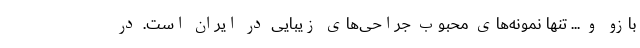
بازو و ... تنها نمونه‌های محبوب جراحی‌های زیبایی در ایران است. در